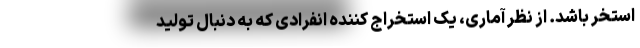
استخر باشد. از نظر آماری، یک استخراج کننده انفرادی که به دنبال تولید